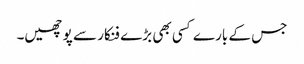
جس کے بارے کسی بھی بڑے فنکار سے پوچھیں۔